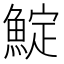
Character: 𩸎